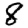
Digit: 8